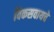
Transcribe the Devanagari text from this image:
विकसवायचे